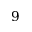
9